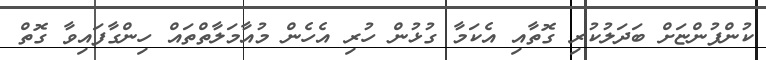
ކުންފުންޏަށް ބަދަލުކުރި ގޮތާއި އެކަމާ ގުޅުން ހުރި އެހެން މުއާމަލާތްތައް ހިންގާފައިވާ ގޮތް